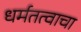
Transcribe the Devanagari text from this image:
धर्मतत्वाचा